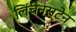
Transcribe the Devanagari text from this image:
लिंचेनस्टेन